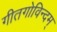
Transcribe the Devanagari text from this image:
गीतगोविन्दम्